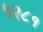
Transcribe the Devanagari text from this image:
५२८१